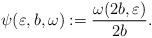
LaTeX: \begin{align*}\psi(\varepsilon,b,\omega):=\frac{\omega(2b,\varepsilon)}{2b}.\end{align*}